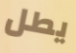
يطل